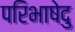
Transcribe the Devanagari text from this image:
परिभाषेदु